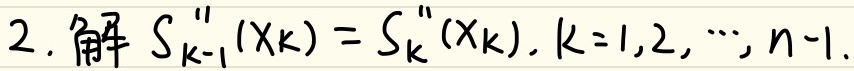
2. 解 \(S_{k - 1}''(x_k)=S_{k}''(x_k),k = 1,2,\cdots,n - 1\).